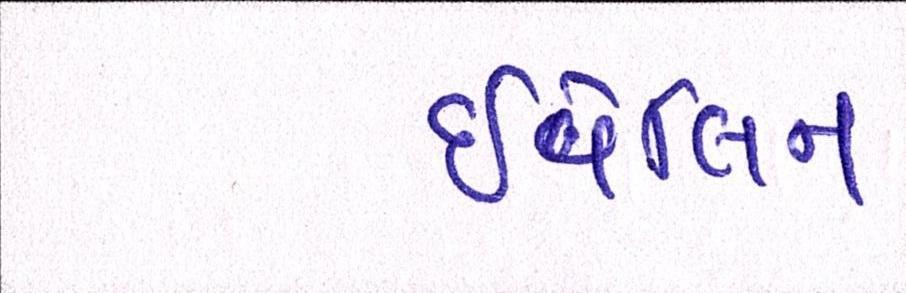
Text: ઇવેલિન